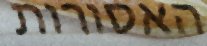
האסורות